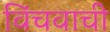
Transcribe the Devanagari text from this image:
विंचवाची